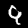
Label: 9